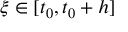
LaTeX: \xi \in [ t _ { 0 } , t _ { 0 } + h ]